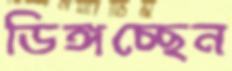
ডিঙ্গচ্ছেন